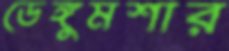
ডেঙ্গুমশার